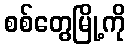
စစ်တွေမြို့ကို